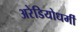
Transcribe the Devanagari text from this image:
अरेडियोधर्मी